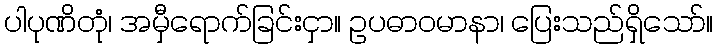
ပါပုဏိတုံ၊ အမှီရောက်ခြင်းငှာ။ ဥပဓာဝမာနာ၊ ပြေးသည်ရှိသော်။